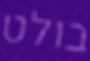
בולט